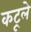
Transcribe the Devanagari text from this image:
कटूले